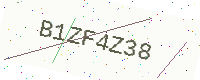
Text: B1ZF4Z38